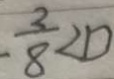
- \frac { 2 } { 8 } < D